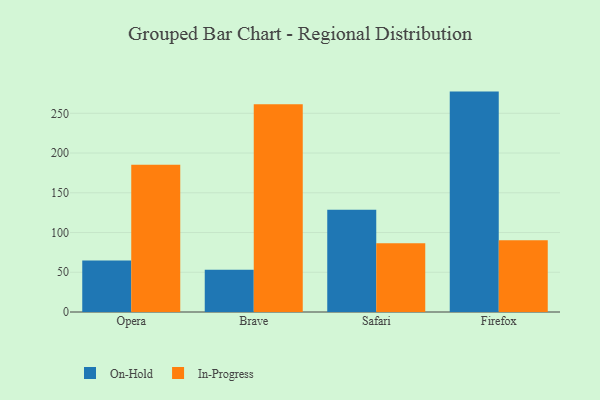
{"axis": {"x": "Browser", "y": "Tickets Resolved"}, "legend": ["In-Progress", "On-Hold"], "data": [{"x": "Opera", "y": 64.9, "type": "On-Hold"}, {"x": "Opera", "y": 185.4, "type": "In-Progress"}, {"x": "Brave", "y": 53.2, "type": "On-Hold"}, {"x": "Brave", "y": 261.5, "type": "In-Progress"}, {"x": "Safari", "y": 128.8, "type": "On-Hold"}, {"x": "Safari", "y": 86.4, "type": "In-Progress"}, {"x": "Firefox", "y": 277.3, "type": "On-Hold"}, {"x": "Firefox", "y": 90.2, "type": "In-Progress"}]}